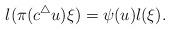
LaTeX: \begin{align*}l(\pi(c^{\triangle}u)\xi)=\psi(u)l(\xi).\end{align*}